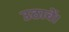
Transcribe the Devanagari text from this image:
उठावें।